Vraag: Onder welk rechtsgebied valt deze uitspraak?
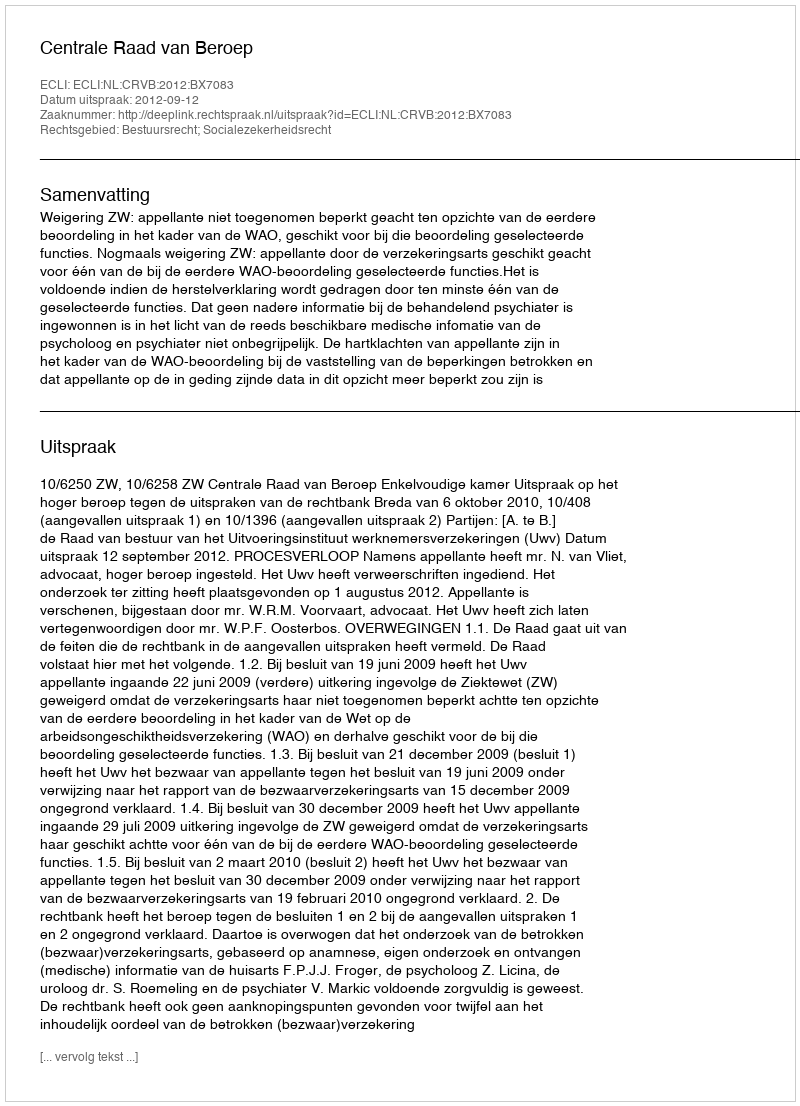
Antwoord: Bestuursrecht; Socialezekerheidsrecht